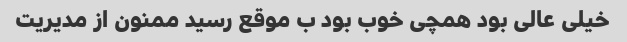
خیلی عالی بود همچی خوب بود ب موقع رسید ممنون از مدیریت